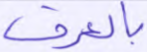
بالعرف